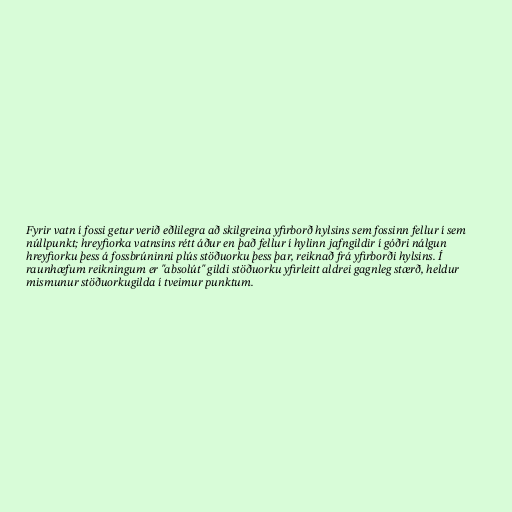
Fyrir vatn í fossi getur verið eðlilegra að skilgreina yfirborð hylsins sem fossinn fellur í sem
núllpunkt; hreyfiorka vatnsins rétt áður en það fellur í hylinn jafngildir í góðri nálgun
hreyfiorku þess á fossbrúninni plús stöðuorku þess þar, reiknað frá yfirborði hylsins. Í
raunhæfum reikningum er "absolút" gildi stöðuorku yfirleitt aldrei gagnleg stærð, heldur
mismunur stöðuorkugilda í tveimur punktum.